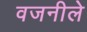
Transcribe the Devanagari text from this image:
वजनीले